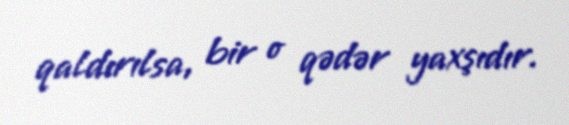
qaldırılsa, bir o qədər yaxşıdır.